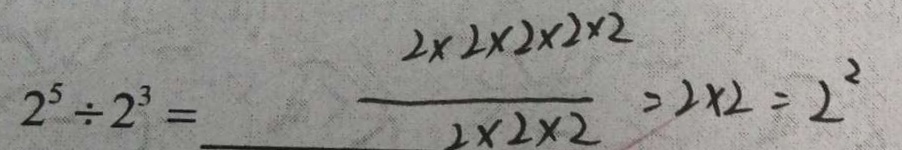
2 ^ { 5 } \div 2 ^ { 3 } = \frac { 2 \times 2 \times 2 \times 2 \times 2 } { 2 \times 2 \times 2 } = 2 \times 2 = 2 ^ { 2 }